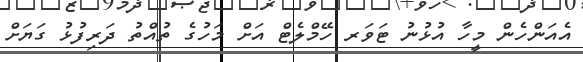
އެއަންހެން މީހާ އުޅުނު ޓަވަރ ހޭމްލެޓް އަށް މަހުގެ ތުއްތު ދަރިފުޅު ގަޔަށް